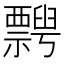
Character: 𥜞